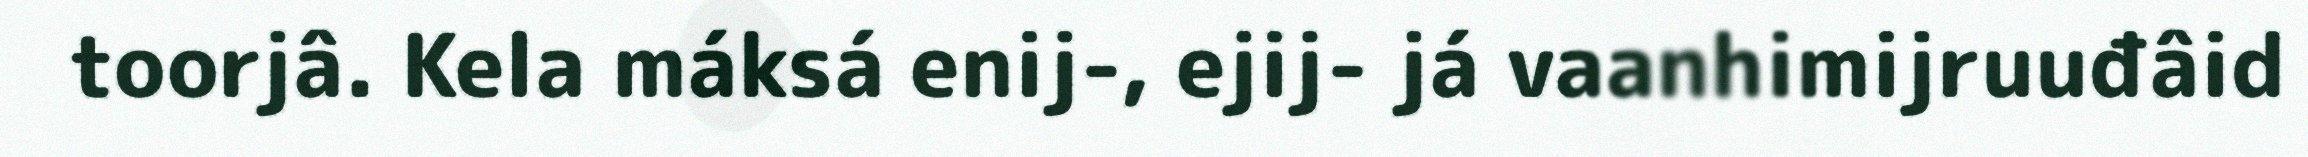
toorjâ. Kela máksá enij-, ejij- já vaanhimijruuđâid